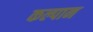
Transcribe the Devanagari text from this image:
कल्पान